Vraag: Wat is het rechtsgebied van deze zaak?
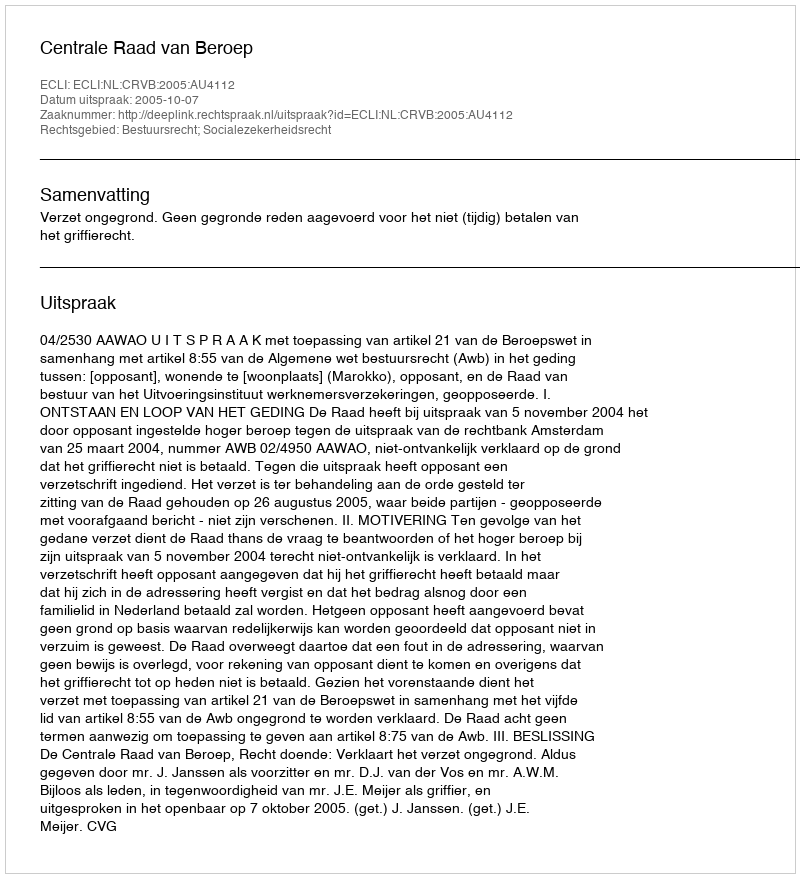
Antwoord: Bestuursrecht; Socialezekerheidsrecht